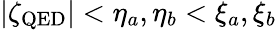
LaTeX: |\zeta_{\mathrm{QED}}|<\eta_{a},\eta_{b}<\xi_{a},\xi_{b}